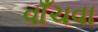
વાઁચવા